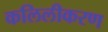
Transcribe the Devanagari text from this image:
कलिलीकरण